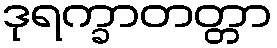
ဒုရက္ခာတတ္တာ